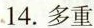
14.多重